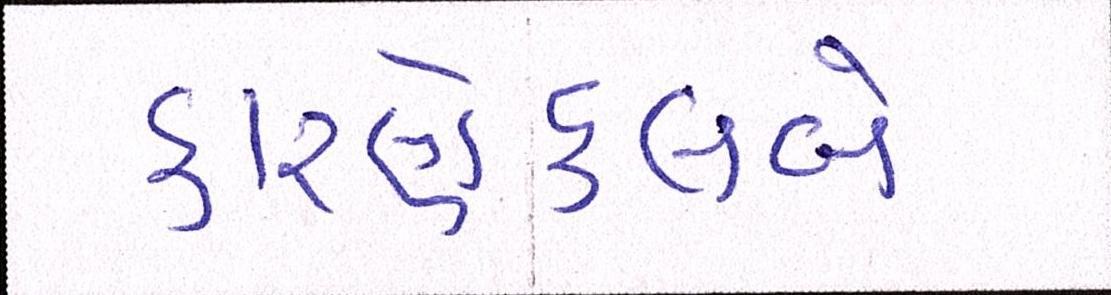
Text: કારણેક્લબે